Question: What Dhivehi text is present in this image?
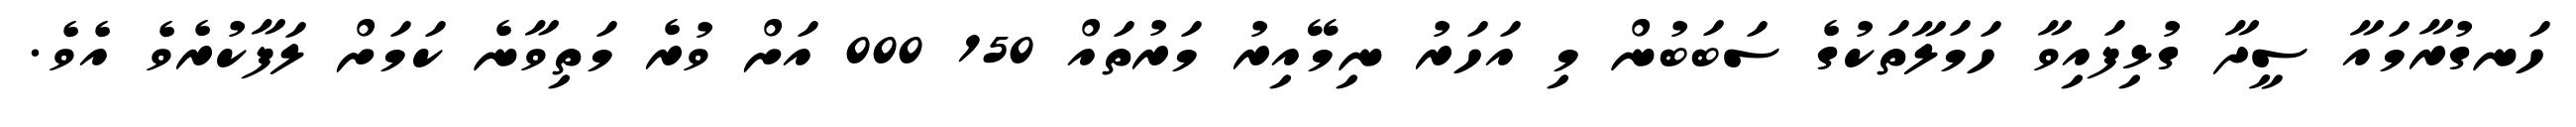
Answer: ހަނގުރާމައާ ސީދާ ގުޅިފައިވާ ހަމަލާތަކުގެ ސަބަބުން މި އަހަރު ނިމޭއިރު މަރުތައް 150 000 އަށް ވުރެ މަތިވާނެ ކަމަށް ލަފާކުރެވެ އެވެ.